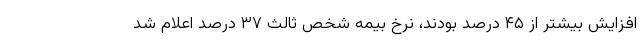
افزایش بیشتر از ۴۵ درصد بودند، نرخ بیمه شخص ثالث ۳۷ درصد اعلام شد